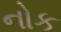
નોક